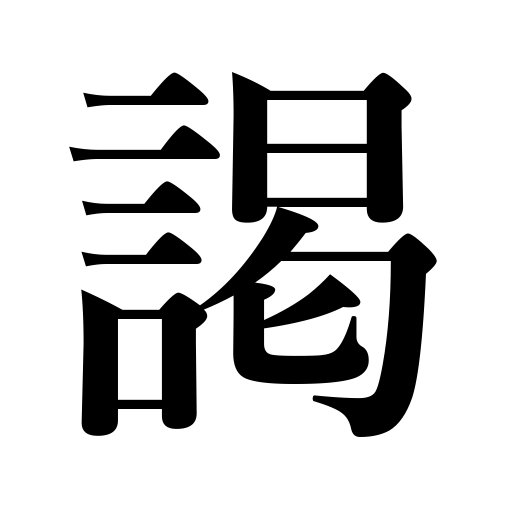
Meanings: audience with a ruler